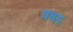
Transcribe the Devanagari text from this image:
क्बए